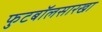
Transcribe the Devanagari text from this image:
फुटबॉलसारखा